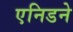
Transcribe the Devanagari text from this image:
एनिडने